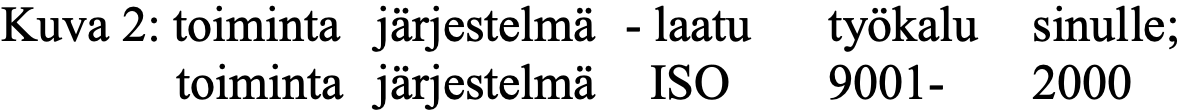
Kuva 2: toiminta järjestelmä - laatu työkalu sinulle; toiminta järjestelmä ISO 9001- 2000